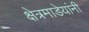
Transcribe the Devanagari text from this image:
क्षेत्रमाडेयांनी